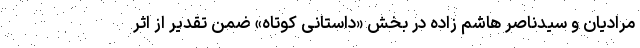
مرادیان و سیدناصر هاشم زاده در بخش «داستانی کوتاه» ضمن تقدیر از اثر